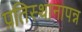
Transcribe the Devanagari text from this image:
प्रतिस्थानापन्न